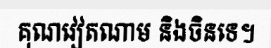
គុណវៀតណាម និងចិនទេ។